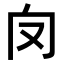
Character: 𠬦